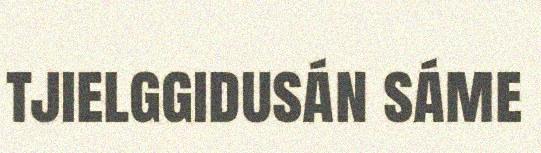
tjielggidusán sáme